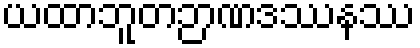
ယထာဘူတဉာဏဒဿနဿ